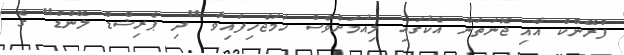
ފްރޭންކް އާއި ޖޮނަތަން އެކުގައި ލިއުމަށްވެސް ހަމަޖެހިފައިވާ "ދި ޕެރިޝްޑް ލޭންޑް" ގެ